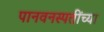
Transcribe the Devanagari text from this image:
पानवनस्पतींच्या